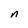
Character: n